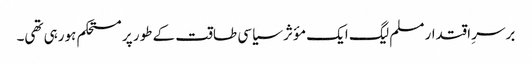
برسرِ اقتدار مسلم لیگ ایک مؤثر سیاسی طاقت کے طور پر مستحکم ہورہی تھی۔